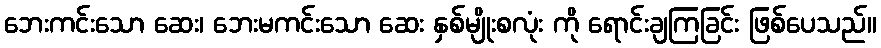
ဘေးကင်းသော ဆေး၊ ဘေးမကင်းသော ဆေး နှစ်မျိုးစလုံး ကို ရောင်းချကြခြင်း ဖြစ်ပေသည်။